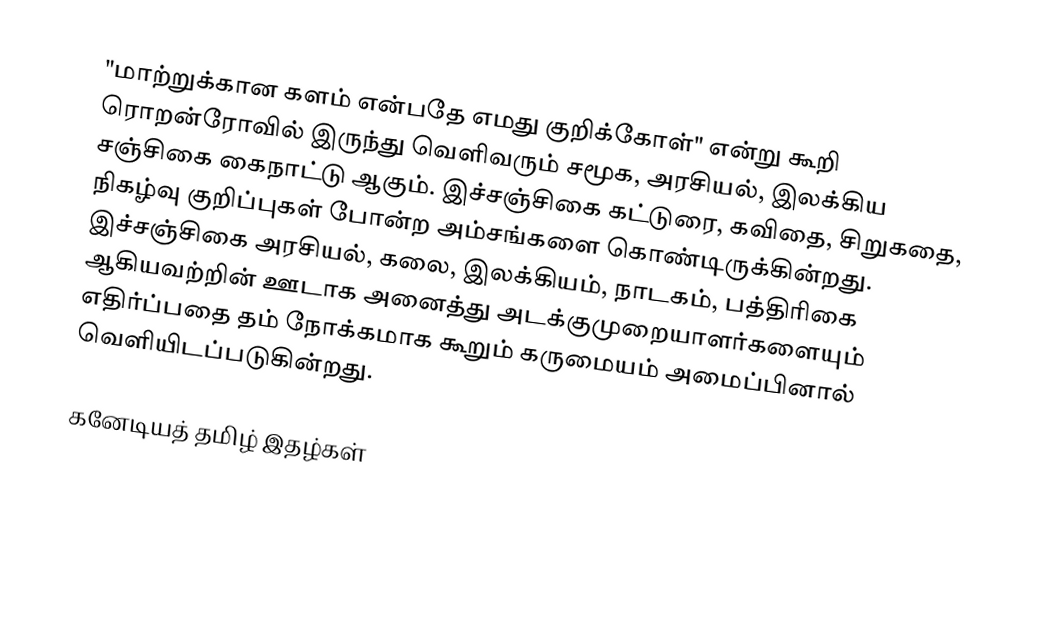
"மாற்றுக்கான களம் என்பதே எமது குறிக்கோள்" என்று கூறி ரொறன்ரோவில் இருந்து வெளிவரும் சமூக, அரசியல், இலக்கிய சஞ்சிகை கைநாட்டு ஆகும்.  இச்சஞ்சிகை கட்டுரை, கவிதை, சிறுகதை, நிகழ்வு குறிப்புகள் போன்ற அம்சங்களை கொண்டிருக்கின்றது.  இச்சஞ்சிகை அரசியல், கலை, இலக்கியம், நாடகம், பத்திரிகை ஆகியவற்றின் ஊடாக அனைத்து அடக்குமுறையாளர்களையும் எதிர்ப்பதை தம் நோக்கமாக கூறும் கருமையம் அமைப்பினால் வெளியிடப்படுகின்றது.

கனேடியத் தமிழ் இதழ்கள்